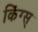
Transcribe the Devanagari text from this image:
किंग्स्